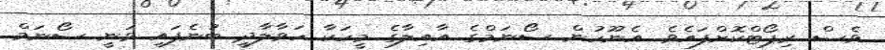
ވެސް ރިޕޯޓްކޮށްފައެވެ. އެނޫހުން ސޯނަމްގެ އާއިލާގެ މީހަކާ ހަވާލާދީ ބުނެފައި ވަނީ ސޯނަމް